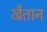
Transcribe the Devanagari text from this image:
खैतान